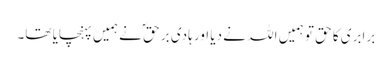
برابری کا حق تو ہمیں اللہ نے دیا اور ہادی بر حقؐ نے ہمیں پہنچایا تھا۔